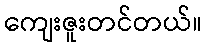
ကျေးဇူးတင်တယ်။